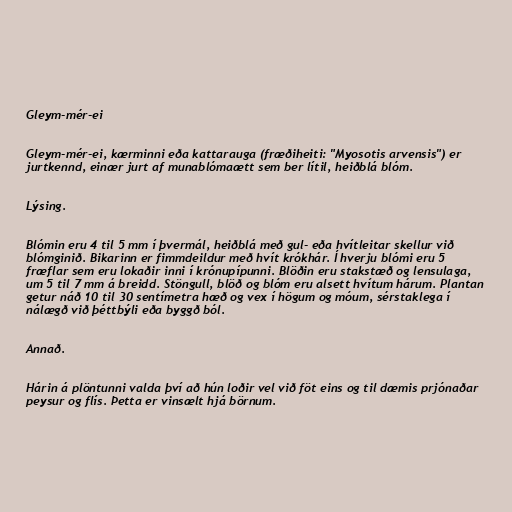
Gleym-mér-ei

Gleym-mér-ei, kærminni eða kattarauga (fræðiheiti: "Myosotis arvensis") er
jurtkennd, einær jurt af munablómaætt sem ber lítil, heiðblá blóm.

Lýsing.

Blómin eru 4 til 5 mm í þvermál, heiðblá með gul- eða hvítleitar skellur við
blómginið. Bikarinn er fimmdeildur með hvít krókhár. Í hverju blómi eru 5
fræflar sem eru lokaðir inni í krónupípunni. Blöðin eru stakstæð og lensulaga,
um 5 til 7 mm á breidd. Stöngull, blöð og blóm eru alsett hvítum hárum. Plantan
getur náð 10 til 30 sentímetra hæð og vex í högum og móum, sérstaklega í
nálægð við þéttbýli eða byggð ból.

Annað.

Hárin á plöntunni valda því að hún loðir vel við föt eins og til dæmis prjónaðar
peysur og flís. Þetta er vinsælt hjá börnum.